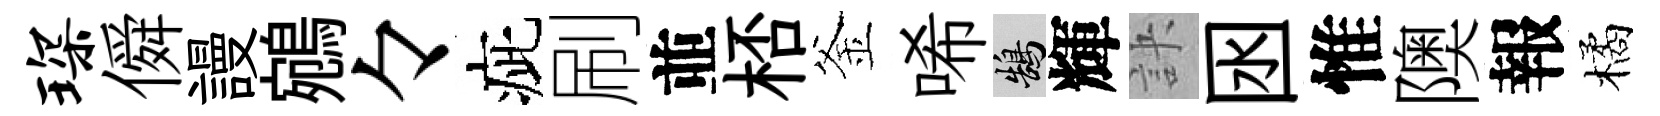
琛僢謾鵷々疵刷並桮釜唏鵠輝訣囦惟隩報橘